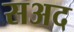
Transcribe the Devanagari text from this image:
सअद